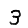
Digit: 3